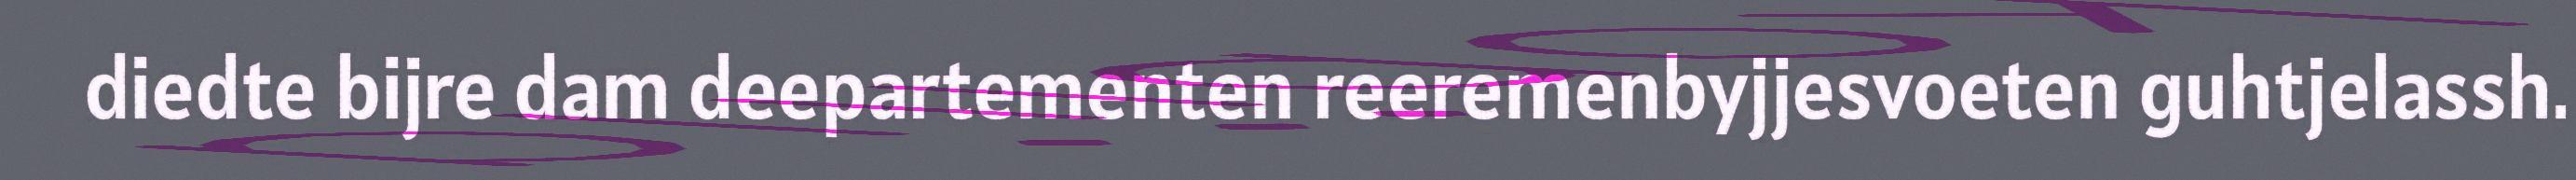
diedte bijre dam deepartementen reeremenbyjjesvoeten guhtjelassh.